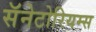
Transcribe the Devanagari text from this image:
सॅनेटोरियम्स